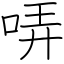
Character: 哢